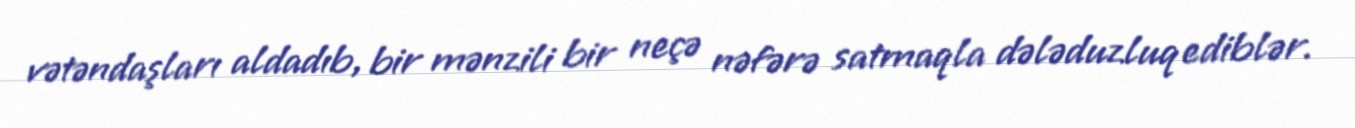
vətəndaşları aldadıb, bir mənzili bir neçə nəfərə satmaqla dələduzluq ediblər.